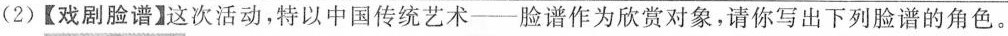
(2)【戏剧脸谱】这次活动，特以中国传统艺术-脸谱作为欣赏对象，请你写出下列脸谱的角色。